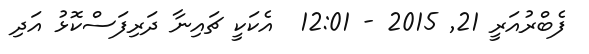
ފެބްރުއަރީ 21